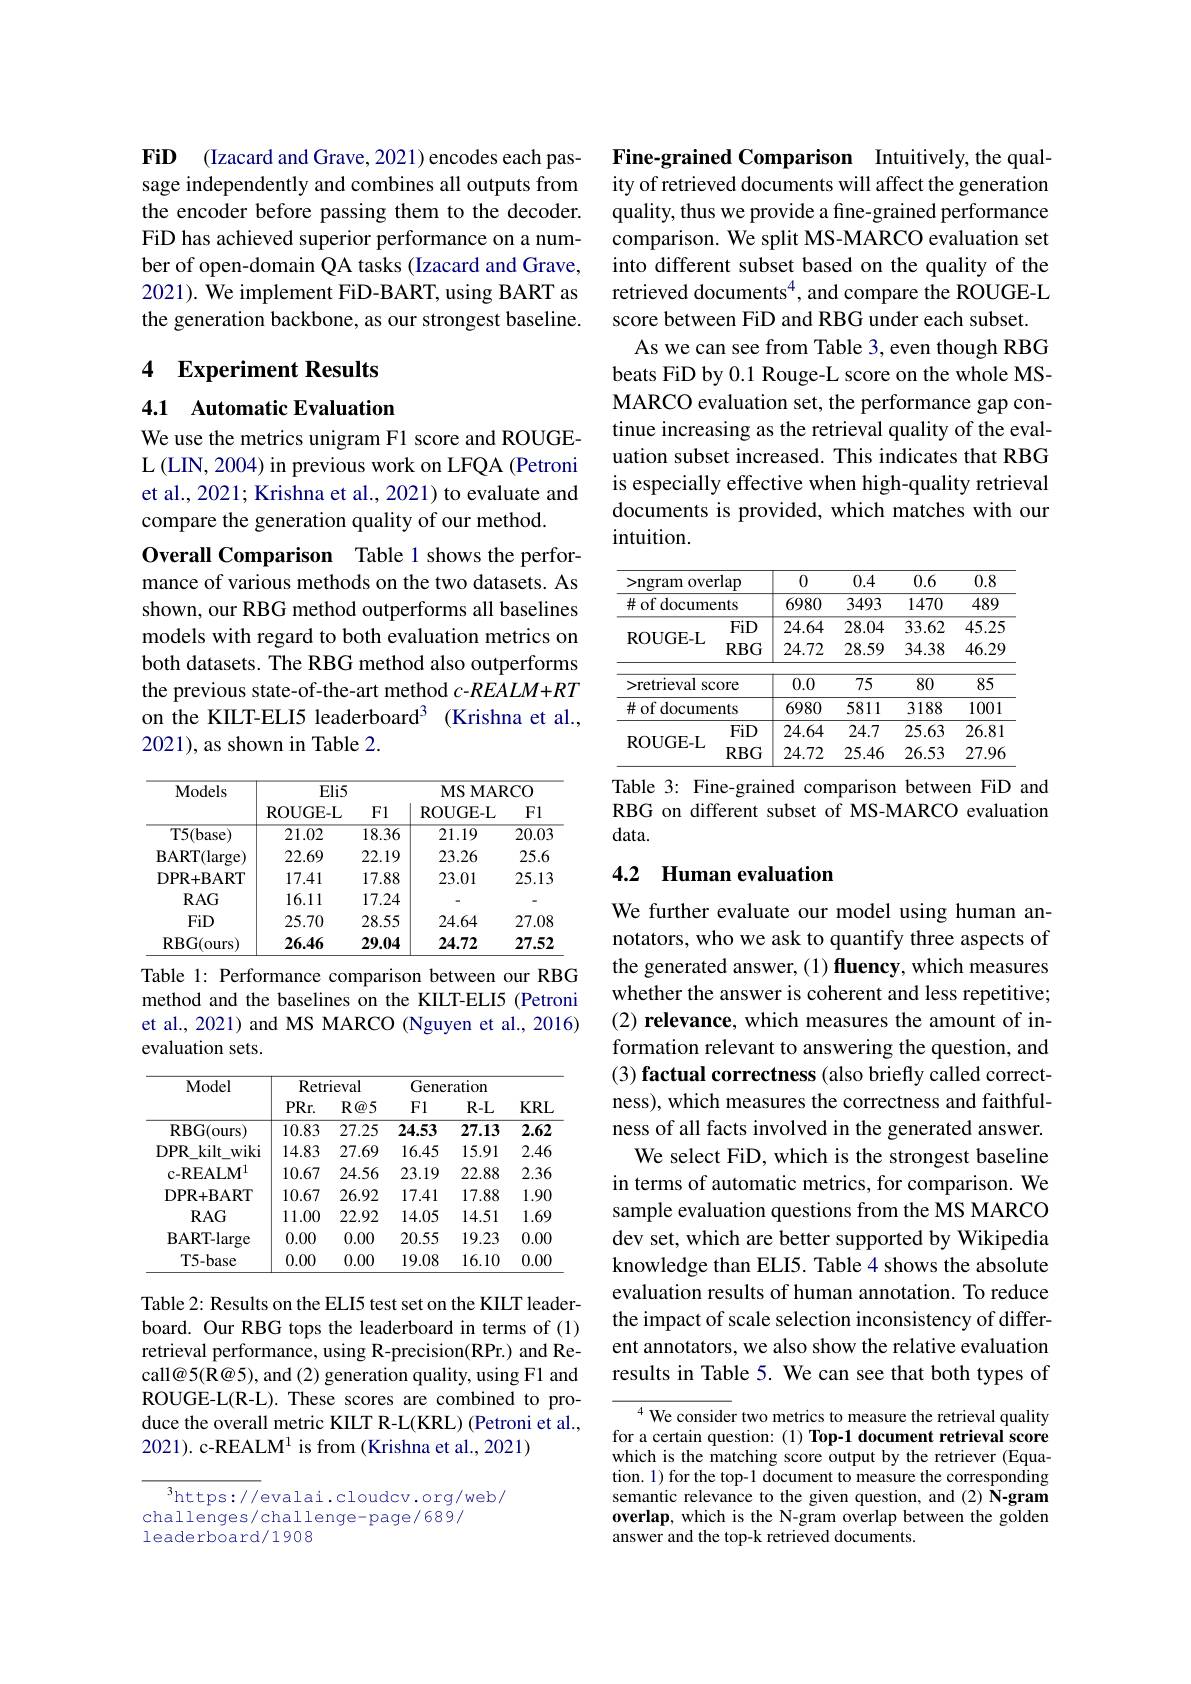
FiD (Izacard and Grave, 2021) encodes each passage independently and combines all outputs from the encoder before passing them to the decoder. FiD has achieved superior performance on a number of open-domain QA tasks (Izacard and Grave, 2021). We implement FiD-BART, using BART as the generation backbone, as our strongest baseline.

## 4 Experiment Results

4.1 Automatic Evaluation

We use the metrics unigram F1 score and ROUGEL (LIN, 2004) in previous work on LFQA (Petroni et al., 2021; Krishna et al., 2021) to evaluate and compare the generation quality of our method.
Overall Comparison Table 1 shows the performance of various methods on the two datasets. As shown, our RBG method outperforms all baselines models with regard to both evaluation metrics on both datasets. The RBG method also outperforms the previous state-of-the-art method $c$-REALM+RT on the KIILT-ELI5 leaderboard$^3$ (Krishna et al., 2021), as shown in Table 2.

<table>
	<tbody>
		<tr>
			<th rowspan="2">Models</th>
			<th colspan="2">$Eli5$</th>
			<th colspan="2">$\mathbf{MSMARCO}$</th>
		</tr>
		<tr>
			<th>ROUGE- L</th>
			<th>Fl</th>
			<th>ROUGE- L</th>
			<th>Fl</th>
		</tr>
		<tr>
			<td>T5(base)</td>
			<td>21.02</td>
			<td>18.36</td>
			<td>21.19</td>
			<td>$\overline{20.03}$</td>
		</tr>
		<tr>
			<td>${\mathrm{BART}}({\mathrm{large}})$</td>
			<td>22.69</td>
			<td>22.19</td>
			<td>23.26</td>
			<td>25.6</td>
		</tr>
		<tr>
			<td>$DPR+BART$</td>
			<td>17.41</td>
			<td>17.88</td>
			<td>23.01</td>
			<td>25.13</td>
		</tr>
		<tr>
			<td>$RAG$</td>
			<td>16.11</td>
			<td>17.24</td>
			<td> </td>
			<td>-</td>
		</tr>
		<tr>
			<td>FiD</td>
			<td>25.70</td>
			<td>28.55</td>
			<td>24.64</td>
			<td>27.08</td>
		</tr>
		<tr>
			<td>RBG( ours) </td>
			<td>26.46</td>
			<td>29.04</td>
			<td>24.72</td>
			<td>27.52</td>
		</tr>
	</tbody>
</table>
Table 1: Performance comparison between our RBG

method and the baselines on the KILT-ELI5 (Petroni et al., 2021) and MS MARCO (Nguyen et al., 2016) evaluation sets.

<table>
	<tbody>
		<tr>
			<th rowspan="2">Model</th>
			<th colspan="2">Retrieval</th>
			<th colspan="3">Generation</th>
		</tr>
		<tr>
			<th>$PRr.$</th>
			<th>$R@5$</th>
			<th>FI</th>
			<th>$R-L$</th>
			<th>$KRL$</th>
		</tr>
		<tr>
			<td>RBG(ours)</td>
			<td>10.83</td>
			<td>27.25</td>
			<td>24.53</td>
			<td>27.13</td>
			<td>2.62</td>
		</tr>
		<tr>
			<td>$DPR$ kilt wiki</td>
			<td>14.83</td>
			<td>27.69</td>
			<td>16.45</td>
			<td>15.91</td>
			<td>2.46</td>
		</tr>
		<tr>
			<td>c- REAL$M^{1}$</td>
			<td>10.67</td>
			<td>24.56</td>
			<td>23.19</td>
			<td>22.88</td>
			<td>2.36</td>
		</tr>
		<tr>
			<td>DPR+ BART</td>
			<td>10.67</td>
			<td>26.92</td>
			<td>17.41</td>
			<td>17.88</td>
			<td>1.90</td>
		</tr>
		<tr>
			<td>$RAG$</td>
			<td>11.00</td>
			<td>22.92</td>
			<td>14.05</td>
			<td>14.51</td>
			<td>1.69</td>
		</tr>
		<tr>
			<td>BART- large</td>
			<td>0.00</td>
			<td>0.00</td>
			<td>20.55</td>
			<td>19.23</td>
			<td>0.00</td>
		</tr>
		<tr>
			<td>T5-base</td>
			<td>0.00</td>
			<td>0.00</td>
			<td>19.08</td>
			<td>16.10</td>
			<td>0.00</td>
		</tr>
	</tbody>
</table>

Table 2: Results on the ELI5 test set on the KIILT leaderboard. Our RBG tops the leaderboard in terms of (1) retrieval performance, using R-precision(RPr.) and Recall@5(R@5), and (2) generation quality, using F1 and ROUGE-L(R-L). These scores are combined to produce the overall metric KILT R-L(KRL) (Petroni et al., 2021). c-REALM$^1$ is from (Krishna et al., 2021)

$^3$https://evalai.cloudcv.org/web/
challenges/challenge-page/689/
leaderboard/1908

Fine-grained Comparison Intuitively, the quality of retrieved documents will affect the generation quality, thus we provide a fine-grained performance comparison. We split MS-MARCO evaluation set into different subset based on the quality of the retrieved documents$^{4}$, and compare the ROUGE-L score between FiD and RBG under each subset.
As we can see from Table 3, even though RBG beats FiD by 0.1 Rouge-L score on the whole MSMARCO evaluation set, the performance gap continue increasing as the retrieval quality of the evaluation subset increased. This indicates that RBG is especially effective when high-quality retrieval documents is provided, which matches with our intuition.

<table>
	<tbody>
		<tr>
			<th>${\mathrm{>ngram~overlap}}$</th>
			<th>0</th>
			<th>0</th>
			<th>0.4</th>
			<th>0.6</th>
			<th>0.8</th>
		</tr>
		<tr>
			<td>$\#$ of documents</td>
			<td>6980</td>
			<td>6980</td>
			<td>3493</td>
			<td>1470</td>
			<td>489</td>
		</tr>
		<tr>
			<td>FiD</td>
			<td>24.64</td>
			<td>24.64</td>
			<td>28.04</td>
			<td>33.62</td>
			<td>45.25</td>
		</tr>
		<tr>
			<td>$\mathbf{K}\mathbf{UU}\mathbf{E}\mathbf{-L}$ $RBG$</td>
			<td>24.72</td>
			<td>24.72</td>
			<td>28.59</td>
			<td>34.38</td>
			<td>46.29</td>
		</tr>
		<tr>
			<td>1100</td>
			<td>114 11 </td>
			<td>11114</td>
			<td>$-vwr$</td>
			<td>11000</td>
			<td>VIM 1</td>
		</tr>
		<tr>
			<td>score >retrieval 1 T</td>
			<td>0.0</td>
			<td>0.0</td>
			<td>75</td>
			<td>80</td>
			<td>85</td>
		</tr>
		<tr>
			<td>$\#$ of documents</td>
			<td>6980</td>
			<td>6980</td>
			<td>5811</td>
			<td>3188</td>
			<td>1001</td>
		</tr>
		<tr>
			<td>FiD</td>
			<td>24.64</td>
			<td>24.64</td>
			<td>24.7</td>
			<td>25.63</td>
			<td>26.81</td>
		</tr>
		<tr>
			<td>$UUUE-L$ $RBG$</td>
			<td>24.72</td>
			<td>24.72</td>
			<td>25.46</td>
			<td>26.53</td>
			<td>27.96</td>
		</tr>
	</tbody>
</table>
Table 3: Fine-grained comparison between FiD and

RBG on different subset of MS-MARCO evaluation
data.

# 4.2 Human evaluation

We further evaluate our model using human annotators, who we ask to quantify three aspects of the generated answer, (1) fluency, which measures whether the answer is coherent and less repetitive; (2) relevance, which measures the amount of information relevant to answering the question, and (3) factual correctness (also briefly called correctness), which measures the correctness and faithfulness of all facts involved in the generated answer.
We select FiD, which is the strongest baseline in terms of automatic metrics, for comparison. We sample evaluation questions from the MS MARCO dev set, which are better supported by Wikipedia knowledge than ELI5. Table 4 shows the absolute evaluation results of human annotation. To reduce the impact of scale selection inconsistency of different annotators, we also show the relative evaluation results in Table 5. We can see that both types of

${^{4}\text{We consider two metrics to measure the retrieval quality}}$ for a certain question: (1) Top-1 document retrieval score which is the matching score output by the retriever (Equation. 1) for the top-1 document to measure the corresponding semantic relevance to the given question, and (2) N-gram overlap, which is the N-gram overlap between the golden answer and the top-k retrieved documents.